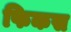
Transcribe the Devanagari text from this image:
फिकस